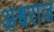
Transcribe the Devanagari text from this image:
अश्वराज